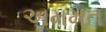
અમમત